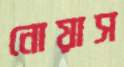
নোয়াস